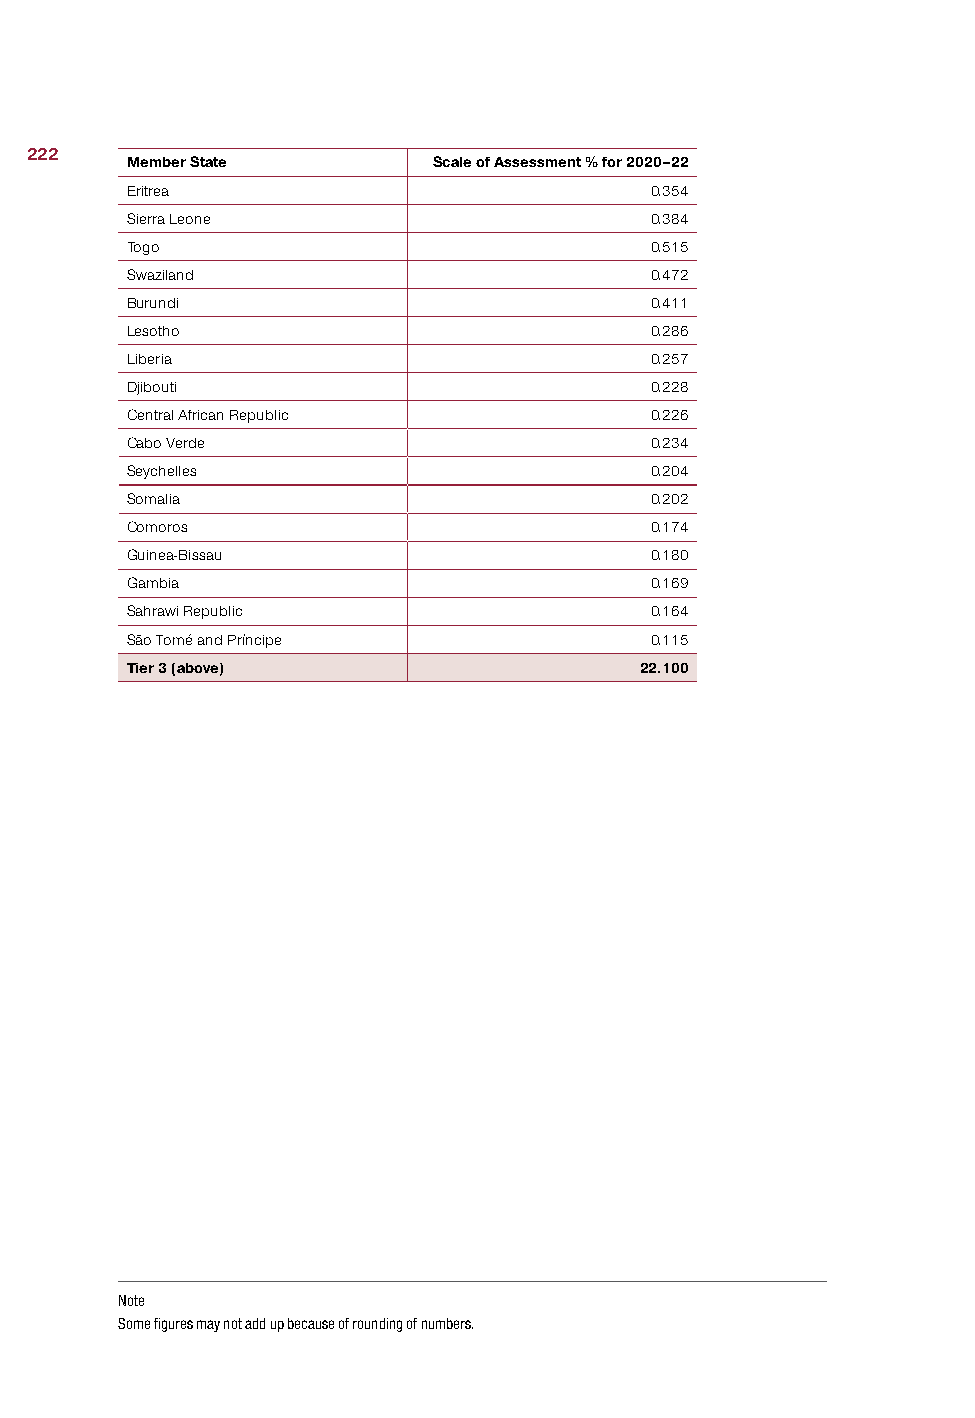
222
 Member State         Scale of Assessment % for 2020–22
 Eritrea                            0.354
 Sierra Leone                       0.384
 Togo                               0.515
 Swaziland                          0.472
 Burundi                            0.411
 Lesotho                            0.286
 Liberia                            0.257
 Djibouti                           0.228
 Central African Republic           0.226
 Cabo Verde                         0.234
 Seychelles                         0.204
 Somalia                            0.202
 Comoros                            0.174
 Guinea-Bissau                      0.180
 Gambia                             0.169
 Sahrawi Republic                   0.164
 São Tomé and Príncipe              0.115
 Tier 3 (above)                    22.100
 Note
 Some figures may not add up because of rounding of numbers.